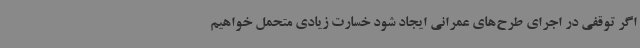
اگر توقفی در اجرای طرح‌های عمرانی ایجاد شود خسارت زیادی متحمل خواهیم